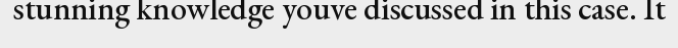
stunning knowledge youve discussed in this case. It